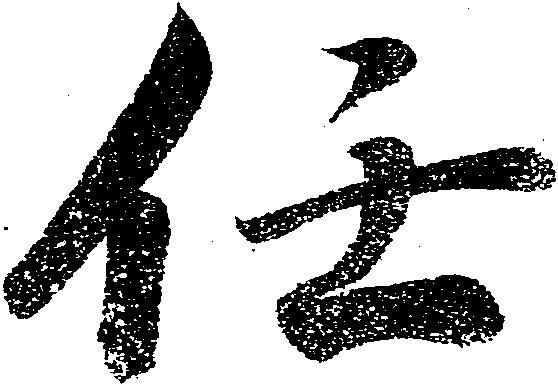
任